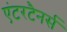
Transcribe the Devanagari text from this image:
एंटरटैनर्स